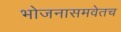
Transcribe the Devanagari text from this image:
भोजनासमवेतच